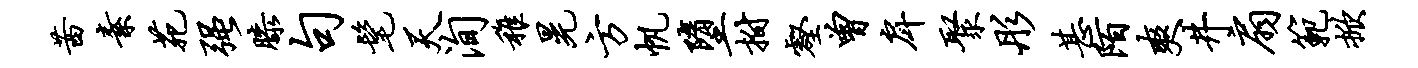
茜素苑强膝句髦天洵稚晃方帆堕拊壑曾戽聚彤甚陌爽井扇范掀